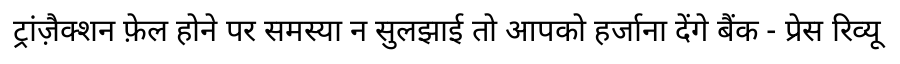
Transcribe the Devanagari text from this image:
ट्रांज़ैक्शन फ़ेल होने पर समस्या न सुलझाई तो आपको हर्जाना देंगे बैंक - प्रेस रिव्यू